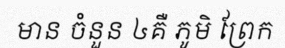
មាន ចំនួន ៤គឺ ភូមិ ព្រែក